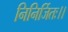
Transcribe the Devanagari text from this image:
निनिर्जितः।।